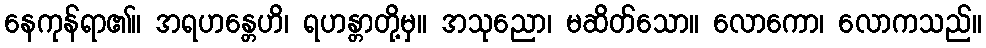
နေကုန်ရာ၏။ အရဟန္တေဟိ၊ ရဟန္တာတို့မှ။ အသုညော၊ မဆိတ်သော။ လောကော၊ လောကသည်။